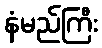
နံမည်ကြီး